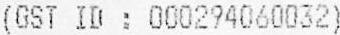
(GST ID : 000294060032)